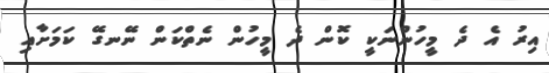
އިރު އެ ދެ މީހުންނަކީ ކޮން ދެ މީހުން ނެތްކަން ނޭނގޭ ކަމަށާއި